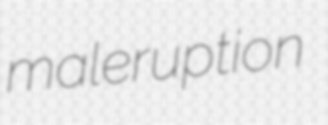
maleruption